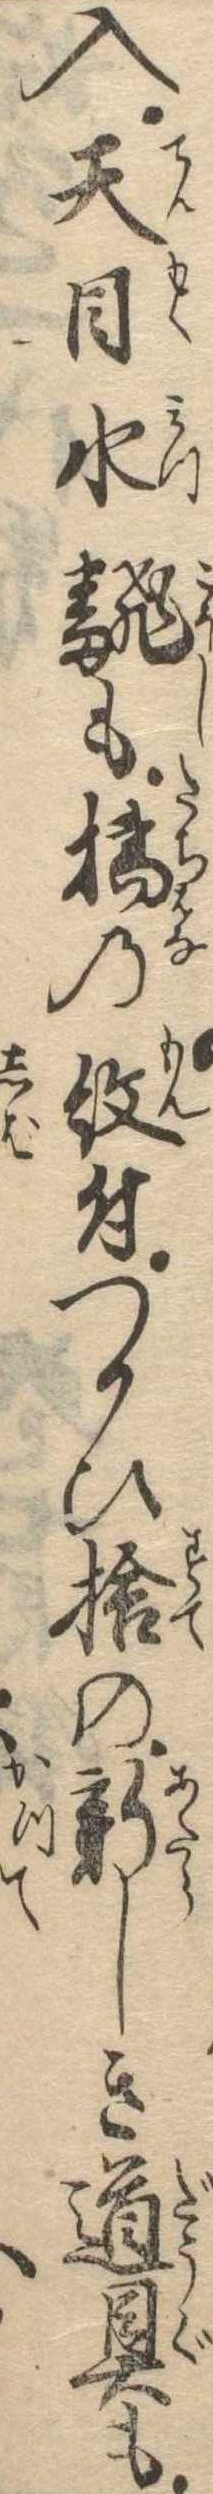
入天目水翻も橘の紋付つかひ捨の新しき道具も